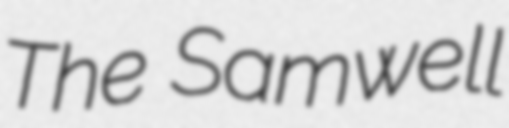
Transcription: The Samwell